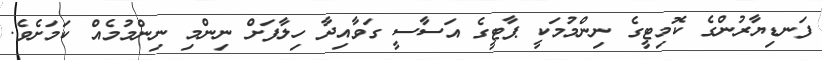
ފަނޑިޔާރުންގެ ކޮމިޓީގެ ނިންމުމަކީ ޕާޓީގެ އަސާސީ ގަވާއިދާ ހިލާފަށް ނިންމި ނިންމުމެއް ކަމަށެވެ.